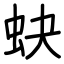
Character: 蚗